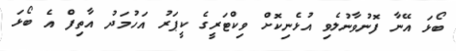
ބޯޅަ އޭނާ ފޮނުވާނުލެވި އުޅެނިކޮށް ވިކްޓަރީގެ ކީޕަރު އަހުމަދު އާތިފް އެ ބޯޅަ